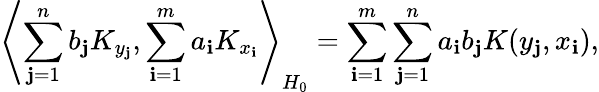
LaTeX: \left\langle\sum_{\mathbf{j}=1}^{n}b_{\mathbf{j}}K_{y_{\mathbf{j}}},\sum_{\mathbf{i}=1}^{m}a_{\mathbf{i}}K_{x_{\mathbf{i}}}\right\rangle_{H_{0}}=\sum_{\mathbf{i}=1}^{m}\sum_{\mathbf{j}=1}^{n}{a_{\mathbf{i}}}b_{\mathbf{j}}K(y_{\mathbf{j}},x_{\mathbf{i}}),